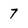
Character: 7